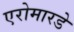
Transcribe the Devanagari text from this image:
एरोमारडे